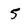
Character: 5